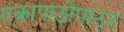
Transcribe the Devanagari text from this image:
एकापाठोपाठर